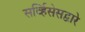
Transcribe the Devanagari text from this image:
सर्व्हिसेसद्वारे